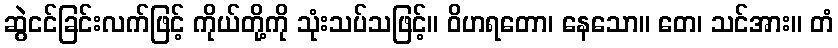
ဆွဲငင်ခြင်းလက်ဖြင့် ကိုယ်တို့ကို သုံးသပ်သဖြင့်။ ဝိဟရတော၊ နေသော။ တေ၊ သင်အား။ တံ